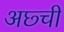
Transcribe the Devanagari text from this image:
अछ्ची